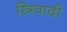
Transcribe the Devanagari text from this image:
स्त्रिवादी